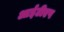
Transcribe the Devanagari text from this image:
आईटीएप